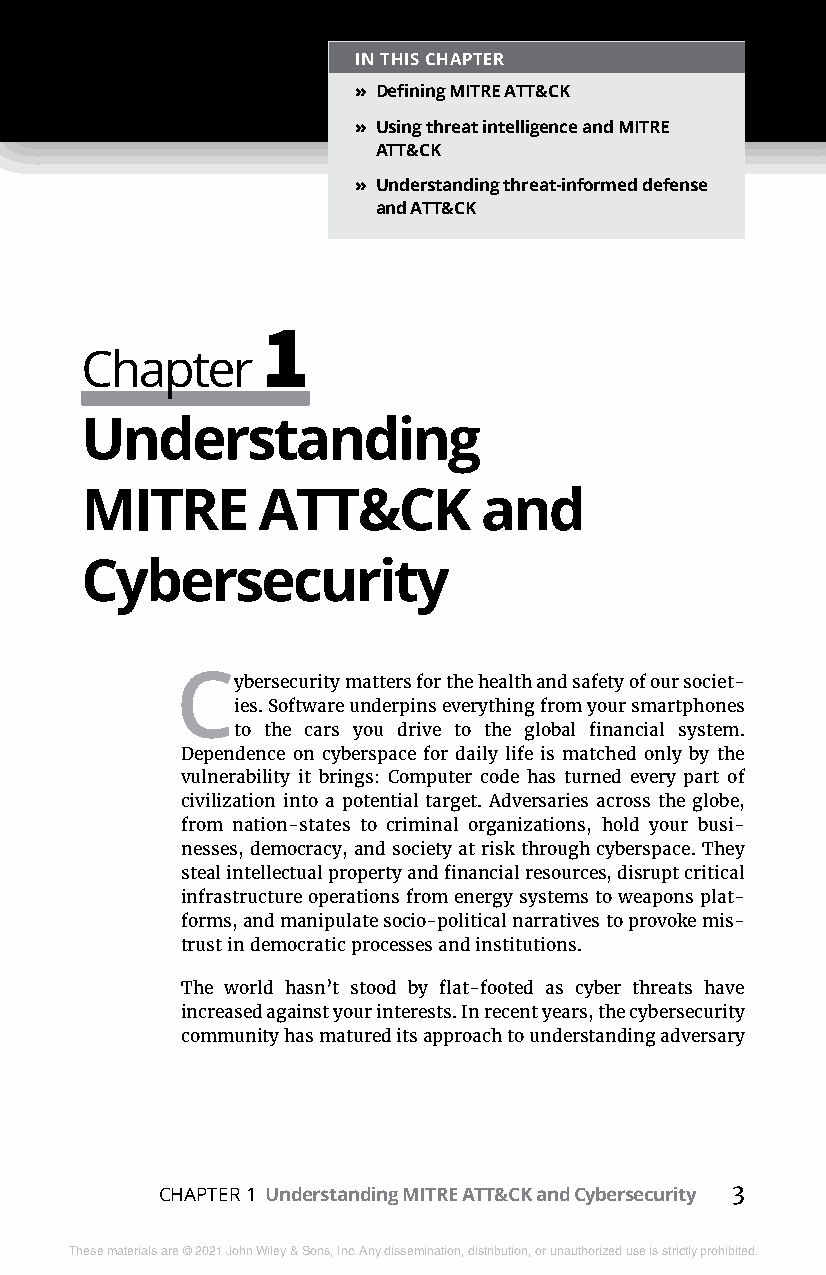
IN THIS CHAPTER
 » Defining MITRE ATT&CK
 » Using threat intelligence and MITRE
 ATT&CK
 » Understanding threat-informed defense
 and ATT&CK
 1
 Chapter
 Understanding
 MITRE       ATT&CK         and
 Cybersecurity
 Cybersecurity matters for the health and safety of our societ-
 ies. Software underpins everything from your smartphones
 to the cars you drive to the global financial system.
 Dependence on cyberspace for daily life is matched only by the
 vulnerability it brings: Computer code has turned every part of
 civilization into a potential target. Adversaries across the globe,
 from nation-states to criminal organizations, hold your busi-
 nesses, democracy, and society at risk through cyberspace. They
 steal intellectual property and financial resources, disrupt critical
 infrastructure operations from energy systems to weapons plat-
 forms, and manipulate socio-political narratives to provoke mis-
 trust in democratic processes and institutions.
 The world hasn’t stood by flat-footed as cyber threats have
 increased against your interests. In recent years, the cybersecurity
 community has matured its approach to understanding adversary
 CHAPTER 1 Understanding MITRE ATT&CK and Cybersecurity 3
 These materials are © 2021 John Wiley & Sons, Inc. Any dissemination, distribution, or unauthorized use is strictly prohibited.